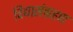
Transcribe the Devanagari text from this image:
विद्यासंग्रहण